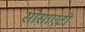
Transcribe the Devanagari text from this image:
सोसाएटी